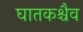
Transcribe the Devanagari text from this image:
घातकश्चैव